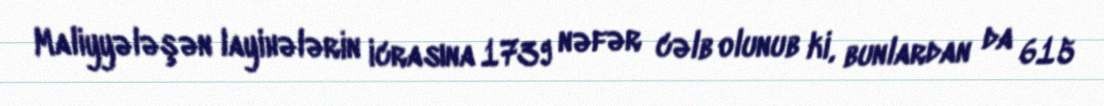
Maliyyələşən layihələrin icrasına 1739 nəfər cəlb olunub ki, bunlardan da 615